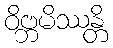
ဝိဗ္ဘမိဿန္တိ